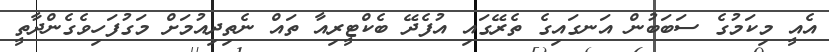
އެއީ މިކަމުގެ ސަބަބުން އަނގައިގެ ތެރޭގައި އުފެދޭ ބެކްޓީރިއާ ތައް ނެތިދިއުމަށް މަގުފަހިވެގެންދާތީ